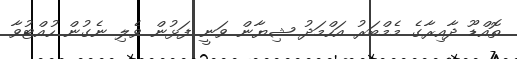
ތޮއްޑޫ ދާއިރާގެ މެމްބަރު އަހްމަދު ޝިޔާން ވަނީ ފަޅުން ވެލި ނެގުން ހުއްޓުވާ